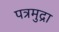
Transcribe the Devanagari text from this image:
पत्रमुद्रा